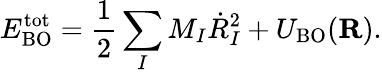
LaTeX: E_{\mathrm{BO}}^{\mathrm{tot}}=\frac{1}{2}\sum_{I}M_{I}{\dot{R}}_{I}^{2}+U_{\mathrm{BO}}({\mathbf R}).